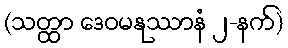
(သတ္ထာ ဒေဝမနုဿာနံ ၂-နက်)